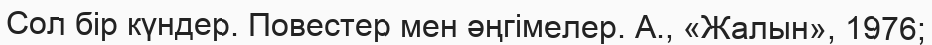
Сол бір күндер. Повестер мен әңгімелер. А., «Жалын», 1976;